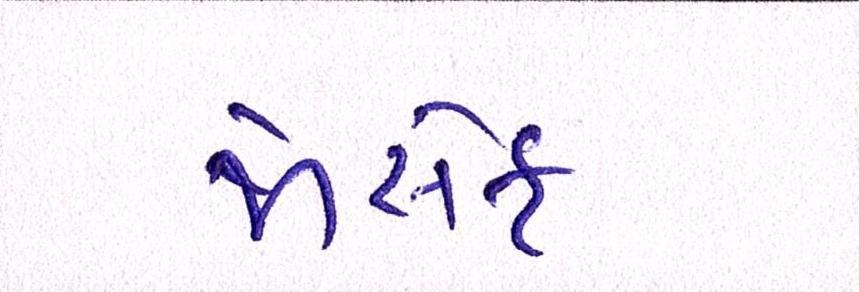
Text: જોસેફ